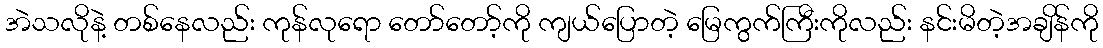
အဲသလိုနဲ့ တစ်နေလည်း ကုန်လုရော တော်တော့်ကို ကျယ်ပြောတဲ့ မြေကွက်ကြီးကိုလည်း နင်းမိတဲ့အချိန်ကို